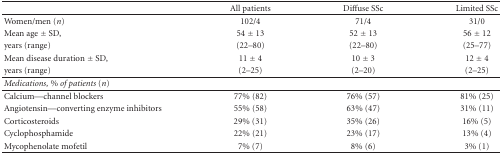
|  | Allpatients | DiffuseSSc | LimitedSSc |
 | --- | --- | --- | --- |
 | Women/men (n) | 102/4 | 71/4 | 31/0 |
 | Mean age ± SD, | 54 ± 13 | 52 ± 13 | 56 ± 12 |
 | years(range) | (22–80) | (22–80) | (25–77) |
 | Mean disease duration ±SD, | 11 ± 4 | 10 ± 3 | 12 ± 4 |
 | years (range) | (2–25) | (2–20) | (2–25) |
 | Medications,% of patients(n) |  |  |  |
 | Calcium—channel blockers | 77% (82) | 76% (57) | 81% (25) |
 | Angiotensin—convertingenzyme inhibitors | 55% (58) | 63% (47) | 31%(11) |
 | Corticosteroids | 29% (31) | 35% (26) | 16% (5) |
 | Cyclophosphamide | 22% (21) | 23% (17) | 13% (4) |
 | Mycophenolatemofetil | 7% (7) | 8% (6) | 3% (1) |